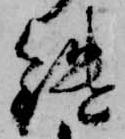
鑓